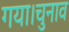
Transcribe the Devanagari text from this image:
गया।चुनाव